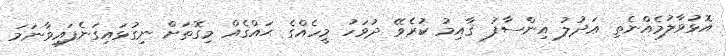
އޮޅުވާލުމެއްނެތި ޢަދުލު އިންސާފު ޤާއިމު ކުރެވޭ ދުވަހު މީހެއްގެ ޙައްޤެއް މިގޮތަށް ނިގުޅައިގަނެފައިވާނަމަ